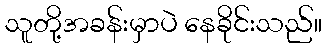
သူတို့အခန်းမှာပဲ နေခိုင်းသည်။